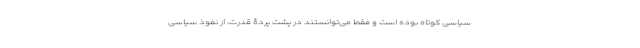
سیاسی کوتاه بوده است و فقط می‌توانستند در پشت پردۀ قدرت، از نفوذ سیاسی